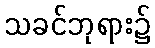
သခင်ဘုရား၌